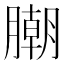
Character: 𣎢